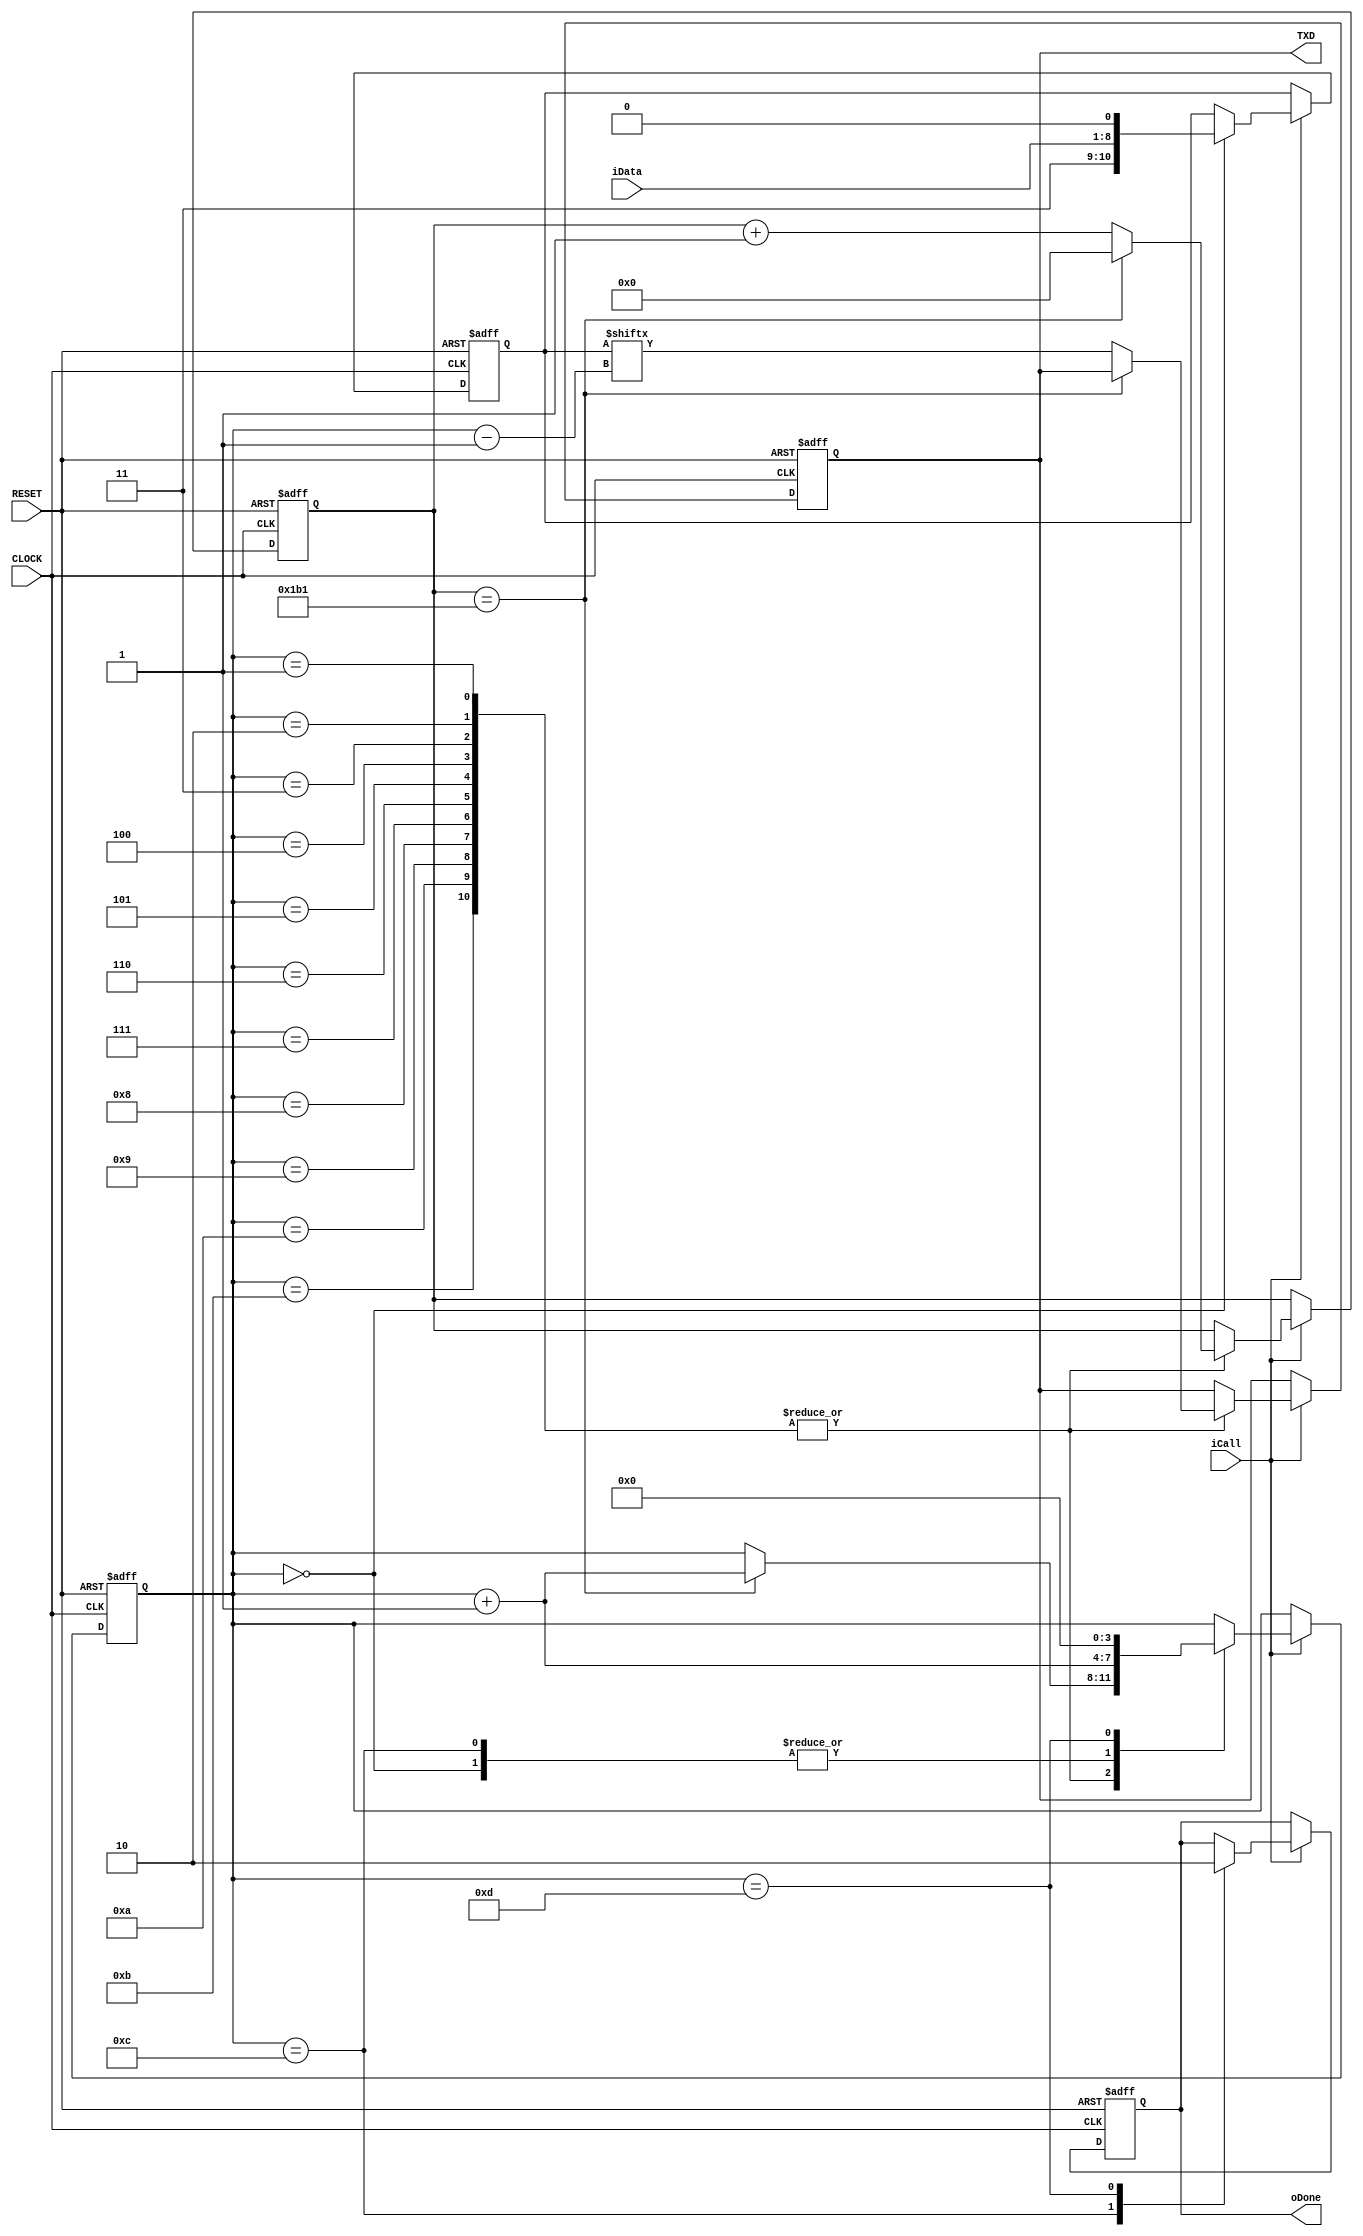
//****************************************************************************//
//# @Author: 
//# @Date:   2019-04-21 21:14:51
//# @Last Modified by:   zlk
//# @WeChat Official Account: OpenFPGA
//# @Last Modified time: 2019-08-04 02:48:17
//# Description: 
//# @Modification History: 2014-05-10 13:42:27
//# Date			    By			   Version			   Change Description: 
//# ========================================================================= #
//# 2014-05-10 13:42:27
//# ========================================================================= #
//# |                                          								| #
//# |                                OpenFPGA     							| #
//****************************************************************************//
module tx_funcmod
(
    input CLOCK, RESET,
	 output TXD,
	 input iCall,
	 output oDone,
	 input [7:0]iData
);
	 parameter B115K2 = 9'd434; // formula : ( 1/115200 )/( 1/50E+6 )	 

	 reg [3:0]i;
	 reg [8:0]C1;
	 reg [10:0]D1;
	 reg rTXD;
	 reg isDone;
	 
	 always @( posedge CLOCK or negedge RESET )
	     if( !RESET )
		      begin
		          i <= 4'd0;
		          C1 <= 9'd0;
			       D1 <= 11'd0;
					 rTXD <= 1'b1; 
					 isDone <= 1'b0;
		      end
		  else if( iCall )
		      case( i )
				
				    0:
					 begin D1 <= { 2'b11 , iData , 1'b0 }; i <= i + 1'b1; end
					 
					 1,2,3,4,5,6,7,8,9,10,11:	  
					 if( C1 == B115K2 -1 ) begin C1 <= 8'd0; i <= i + 1'b1; end
					 else begin rTXD <= D1[i - 1]; C1 <= C1 + 1'b1; end

				    12:
					 begin isDone <= 1'b1; i <= i + 1'b1; end
					 
					 13:
					 begin isDone <= 1'b0; i <= 4'd0; end
				
				endcase
	
	assign TXD = rTXD;
	assign oDone = isDone;
	
endmodule